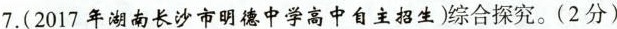
7.(2017年湖南长沙市明德中学高中自主招生)综合探究。(2分)